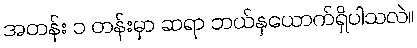
အတန်း ၁ တန်းမှာ ဆရာ ဘယ်နှယောက်ရှိပါသလဲ။